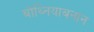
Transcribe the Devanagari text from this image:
बोथ्नियाबनान